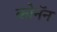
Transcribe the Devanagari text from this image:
कोनॅन